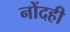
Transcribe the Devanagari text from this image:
नोंदही